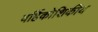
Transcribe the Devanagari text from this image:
बर्हिकोशिकीय